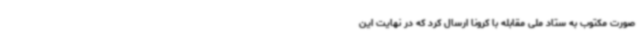
صورت مکتوب به ستاد ملی مقابله با کرونا ارسال کرد که در نهایت این